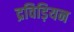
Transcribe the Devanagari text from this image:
द्रविड़ियन